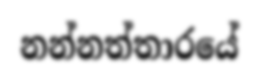
නන්නත්තාරයේ